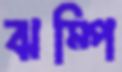
ঝম্পি